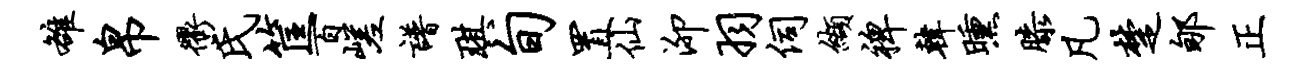
雒帛衢氏筐百嵯谱琪旬置仙泖羽伺缬裨韩曛膝凡楚郇正